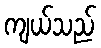
ကျယ်သည်